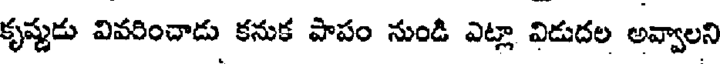
కృష్ణుడు వివరించాడు కనుక పాపం నుండి ఎట్లా విడుదల అవ్వాలని